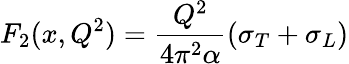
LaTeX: F_{2}(x,Q^{2})={\frac{Q^{2}}{4\pi^{2}\alpha}}(\sigma_{T}+\sigma_{L})